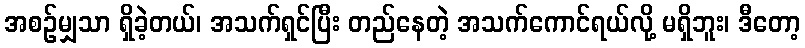
အစဉ်မျှသာ ရှိခဲ့တယ်၊ အသက်ရှင်ပြီး တည်နေတဲ့ အသက်ကောင်ရယ်လို့ မရှိဘူး၊ ဒီတော့